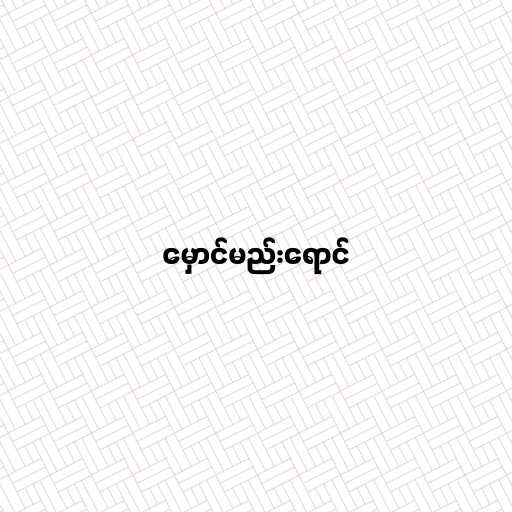
မှောင်မည်းရောင်